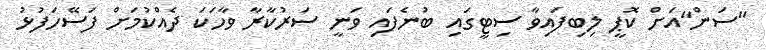
"ސަން"އަށް ކޮޕީ ލިބިފައިވާ ސިޓީގައި ބުނެފައި ވަނީ ސަރުކާރާ ވާހަަކަ ދެއްކުމަށް ފަސޭހަފުޅު